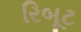
રિબૂટ